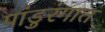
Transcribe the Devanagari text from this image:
पांडुरंगात